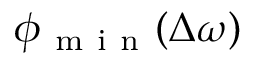
\phi _ { \mathrm { ~ m ~ i ~ n ~ } } ( \Delta \omega )